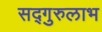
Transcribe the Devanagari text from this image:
सद्‌गुरुलाभ